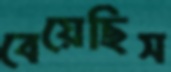
বেয়েছিস